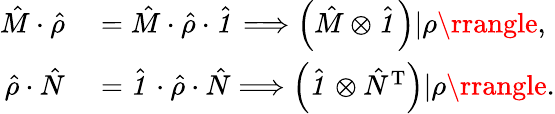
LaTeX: \begin{array}{rl}{\hat{M}\cdot\hat{\rho}}&{{}=\hat{M}\cdot\hat{\rho}\cdot\hat{\textbf{\textit{1}}\, }\Longrightarrow\left(\hat{M}\otimes\hat{\textbf{\textit{1}}\, }\right)|\rho\rrangle,}\\ {\hat{\rho}\cdot\hat{N}}&{{}=\hat{\textbf{\textit{1}}\, }\cdot\hat{\rho}\cdot\hat{N}\Longrightarrow\left(\hat{\textbf{\textit{1}}\, }\otimes\hat{N}^{\mathrm{T}}\right)|\rho\rrangle.}\end{array}